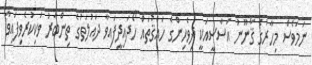
ނަމަވެސް މިހާރުގެ ޤާނޫނު އަސާސީއަކީ ދިވެހިންގެ ހައްޤުތައް ހޯދައިދީފައިވާ ދައުލަތުގެ ތިންބާރު ވަކިކުރެވިފައިވާ